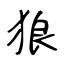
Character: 狼